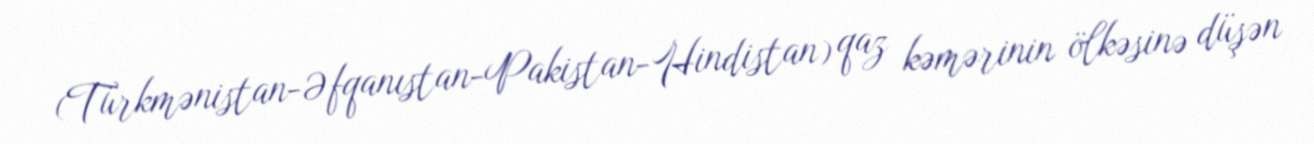
(Türkmənistan-Əfqanıstan-Pakistan-Hindistan) qaz kəmərinin ölkəsinə düşən